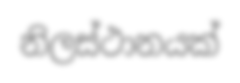
නිලස්ථානයක්